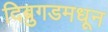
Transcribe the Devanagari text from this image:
दिब्रुगडमधून